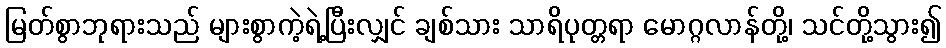
မြတ်စွာဘုရားသည် များစွာကဲ့ရဲ့ပြီးလျှင် ချစ်သား သာရိပုတ္တရာ မောဂ္ဂလာန်တို့၊ သင်တို့သွား၍